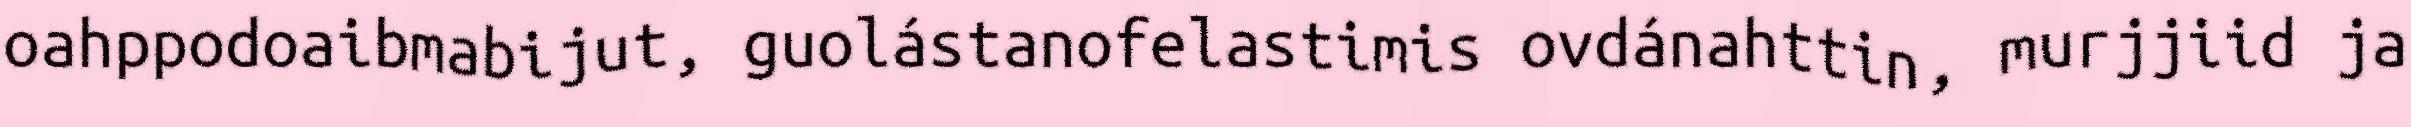
oahppodoaibmabijut, guolástanofelastimis ovdánahttin, murjjiid ja